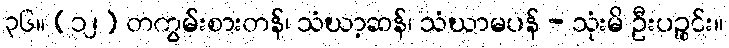
၃၆။ (၁၂) တကွမ်းစားတန်၊ သံဃာ့ဆန်၊ သံဃာမပန် - သုံးမိ ဦးပဉ္စင်း။